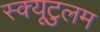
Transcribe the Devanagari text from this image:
स्क्यूटुलम